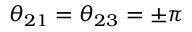
\theta _ { 2 1 } = \theta _ { 2 3 } = \pm \pi